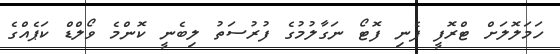
ހަމަލޮލަށް ޓްރޮފީ ފެނި ފޮޓޯ ނަގާލުމުގެ ފުރުސަތު ލިބެނީ ކޮންމެ ވޯލްޑް ކަޕެއްގެ